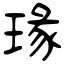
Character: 瑑